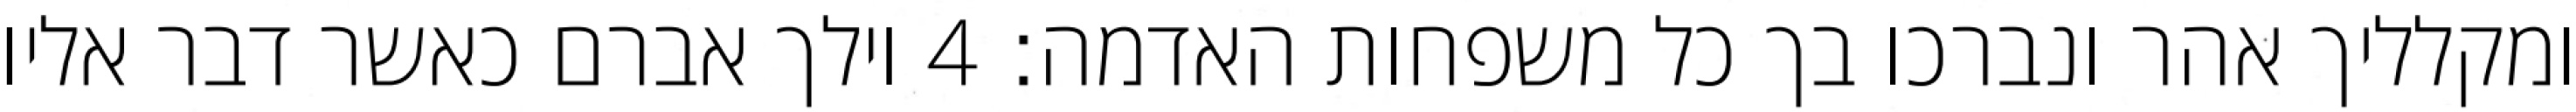
ומקלליך אהר ונברכו בך כל משפחות האדמה׃ ‎4‏ וילך אברם כאשר דבר אליו